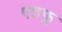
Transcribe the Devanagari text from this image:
एडफू